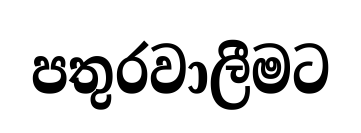
පතුරවාලීමට